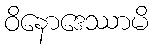
ဝိနောဒေဿာမိ